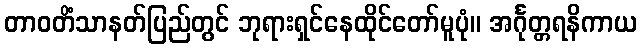
တာဝတိံသာနတ်ပြည်တွင် ဘုရားရှင်နေထိုင်တော်မူပုံ။ အင်္ဂုတ္တရနိကာယ